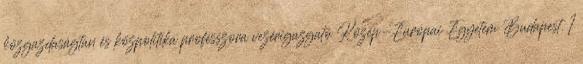
közgazdaságtan és közpolitika professzora vezérigazgató Közép-Európai Egyetem Budapest. 1